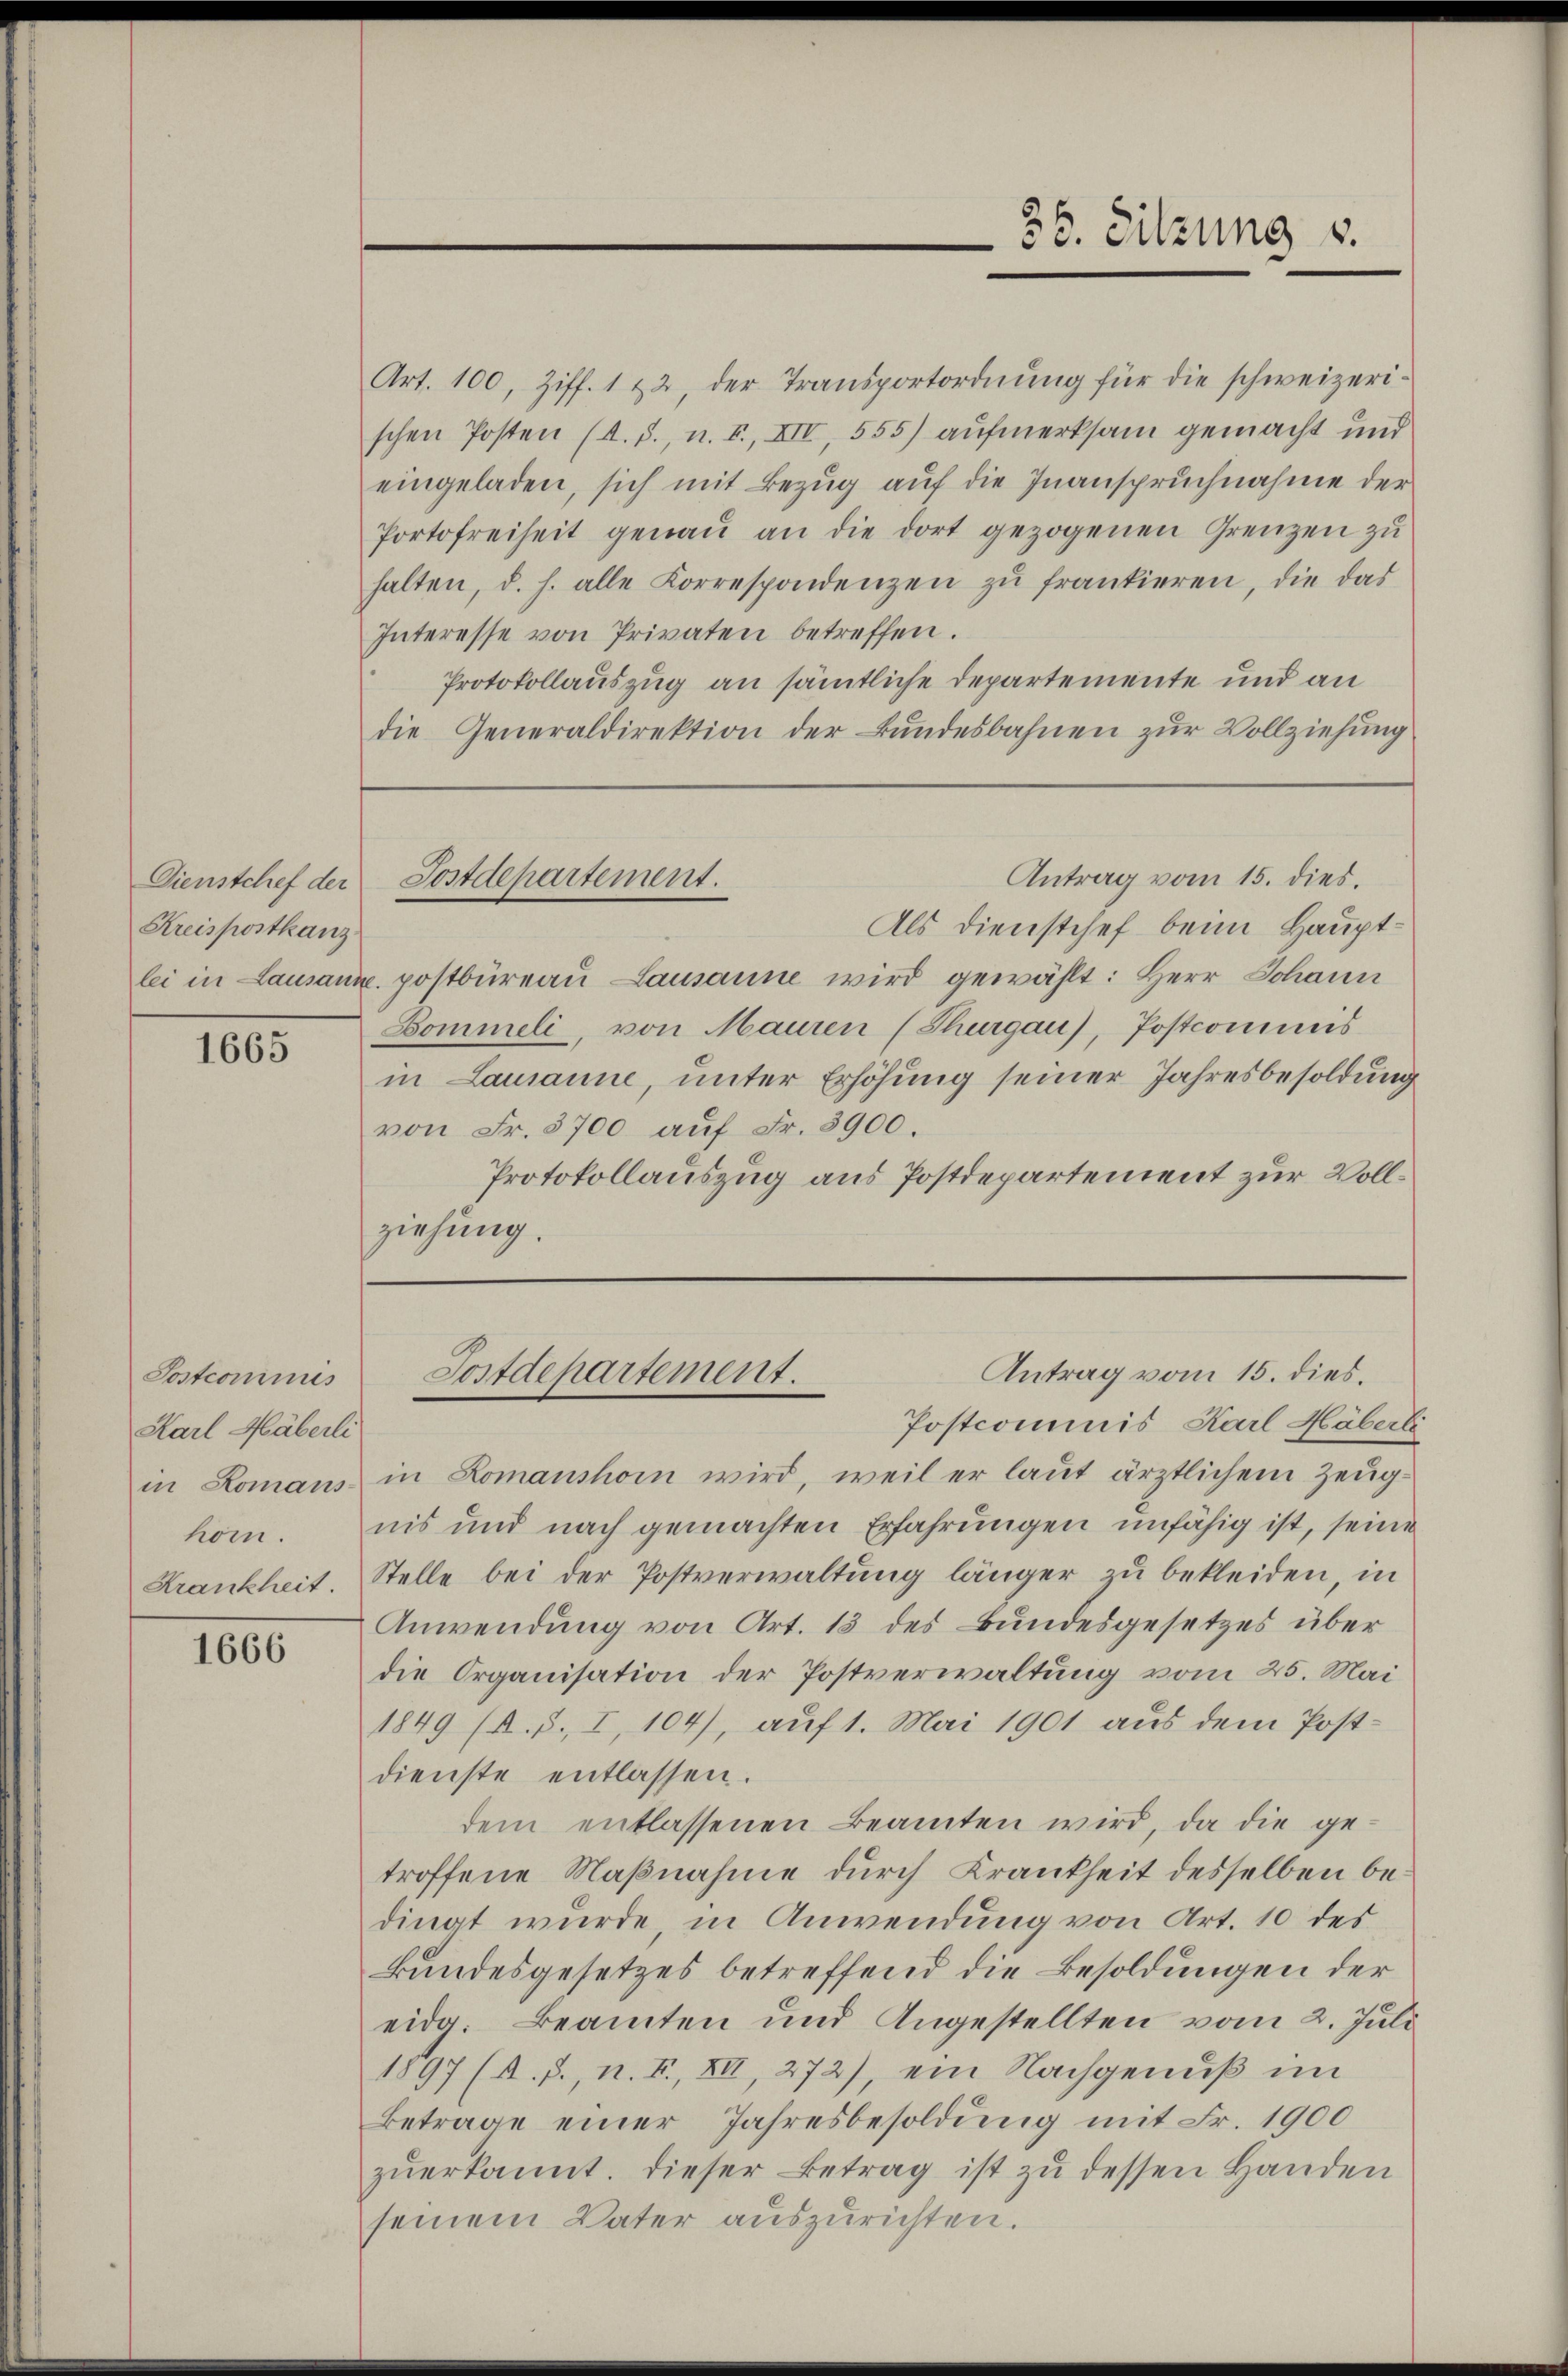
Dienstchef der
Kreispostkanz

1665

Postcommis
Karl Häberli

1666

Art. 100, Ziff. 1 22, der Transportordnŭng für die schweizeri-
schen Posten (A. S., n. F., XII, 555) aufmerksam gemacht und
eingeladen, sich mit Bezŭg aŭf die Inanspruchnahme der
Portofreiheit genaŭ an die dort gezogenen Grenzen zu
halten, d. h. alle Korrespondenzen zŭ frankieren, die das
Interesse von Privaten betreffen.
Protokollauszug an sämtliche Departemente und an
die Generaldirektion der Bundesbahnen zur Vollziehung
Antrag vom 15. dies.
Postdepartement.
Als Dienstchef beim Hauptlei in Lausann. postbüreau Lausanne wird gewählt: Herr Johann
Dommeli, von Mauren (Thurgau), Postcommis
in Lausanne, unter Erhöhung seiner Jahresbesoldung
von Fr. 3700 aŭf Fr. 3900.
Protokollauszug aus Postdepartement zur Vollziehung.

Postcommis Karl Häberli
in Romans in Romanshorn wird, weil er laut ärztlichem Zeughom. nis und nach gemachten Erfahrungen unfähig ist, seine
Krankheit, Stelle bei der Postverwaltung länger zu bekleiden, in
Anwendung von Art. 13 des Bundesgesetzes über
die Organisation der Postverwaltung vom 25. Mai
1849 (s. S. I, 104), auf 1. Mai 1901 aus dem Postdienste entlassen.
dem entlassenen Beamten wird, da die getroffene Naßnahme durch Krankheit desselben bedinat wurde, in Anwendung von Art. 10 des
Bundesgesetzes betreffend die Besoldungen der
eidg. Beamten und Angestellten vom 2. Juli
1897 (A. J., n. I, XII, 272), ein Nachgenuß im
Betrage einer Jahresbesoldung mit Fr. 1900
zŭerkannt. Dieser Betrag ist zŭ dessen Handen
seinem Vater auszurichten.

36. Sitzung u.

Antrag vom 15. dies.
Postdepartement.